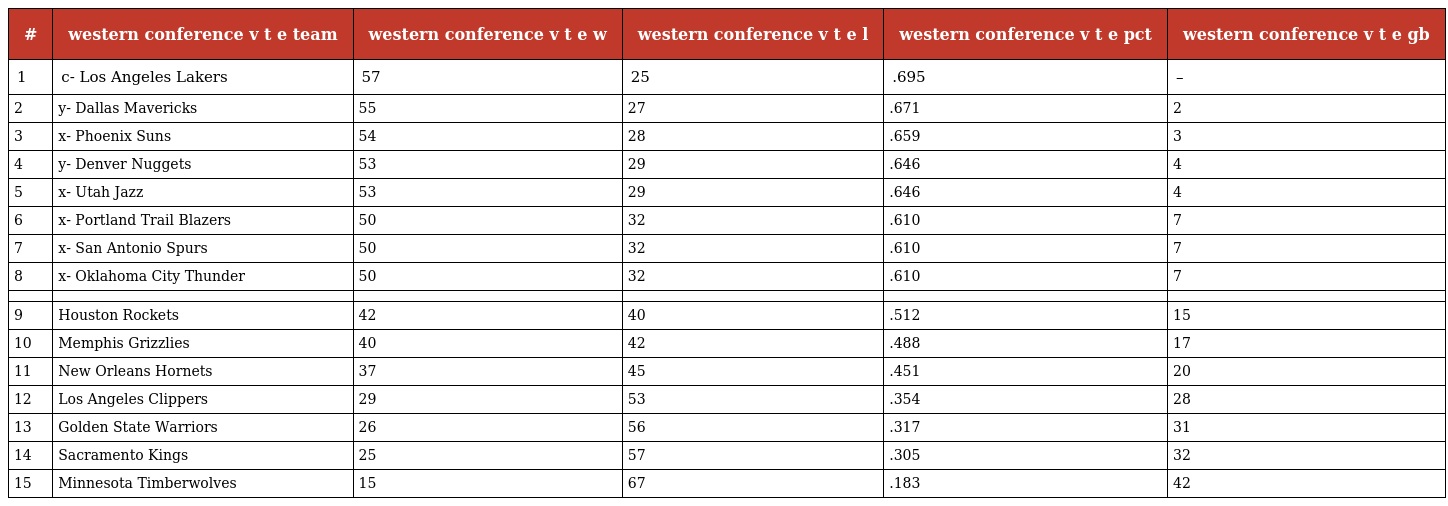
| # | western conference v t e team | western conference v t e w | western conference v t e l | western conference v t e pct | western conference v t e gb |
 | --- | --- | --- | --- | --- | --- |
 | 1 | c- Los Angeles Lakers | 57 | 25 | .695 | – |
 | 2 | y- Dallas Mavericks | 55 | 27 | .671 | 2 |
 | 3 | x- Phoenix Suns | 54 | 28 | .659 | 3 |
 | 4 | y- Denver Nuggets | 53 | 29 | .646 | 4 |
 | 5 | x- Utah Jazz | 53 | 29 | .646 | 4 |
 | 6 | x- Portland Trail Blazers | 50 | 32 | .610 | 7 |
 | 7 | x- San Antonio Spurs | 50 | 32 | .610 | 7 |
 | 8 | x- Oklahoma City Thunder | 50 | 32 | .610 | 7 |
 |  |  |  |  |  |  |
 | 9 | Houston Rockets | 42 | 40 | .512 | 15 |
 | 10 | Memphis Grizzlies | 40 | 42 | .488 | 17 |
 | 11 | New Orleans Hornets | 37 | 45 | .451 | 20 |
 | 12 | Los Angeles Clippers | 29 | 53 | .354 | 28 |
 | 13 | Golden State Warriors | 26 | 56 | .317 | 31 |
 | 14 | Sacramento Kings | 25 | 57 | .305 | 32 |
 | 15 | Minnesota Timberwolves | 15 | 67 | .183 | 42 |